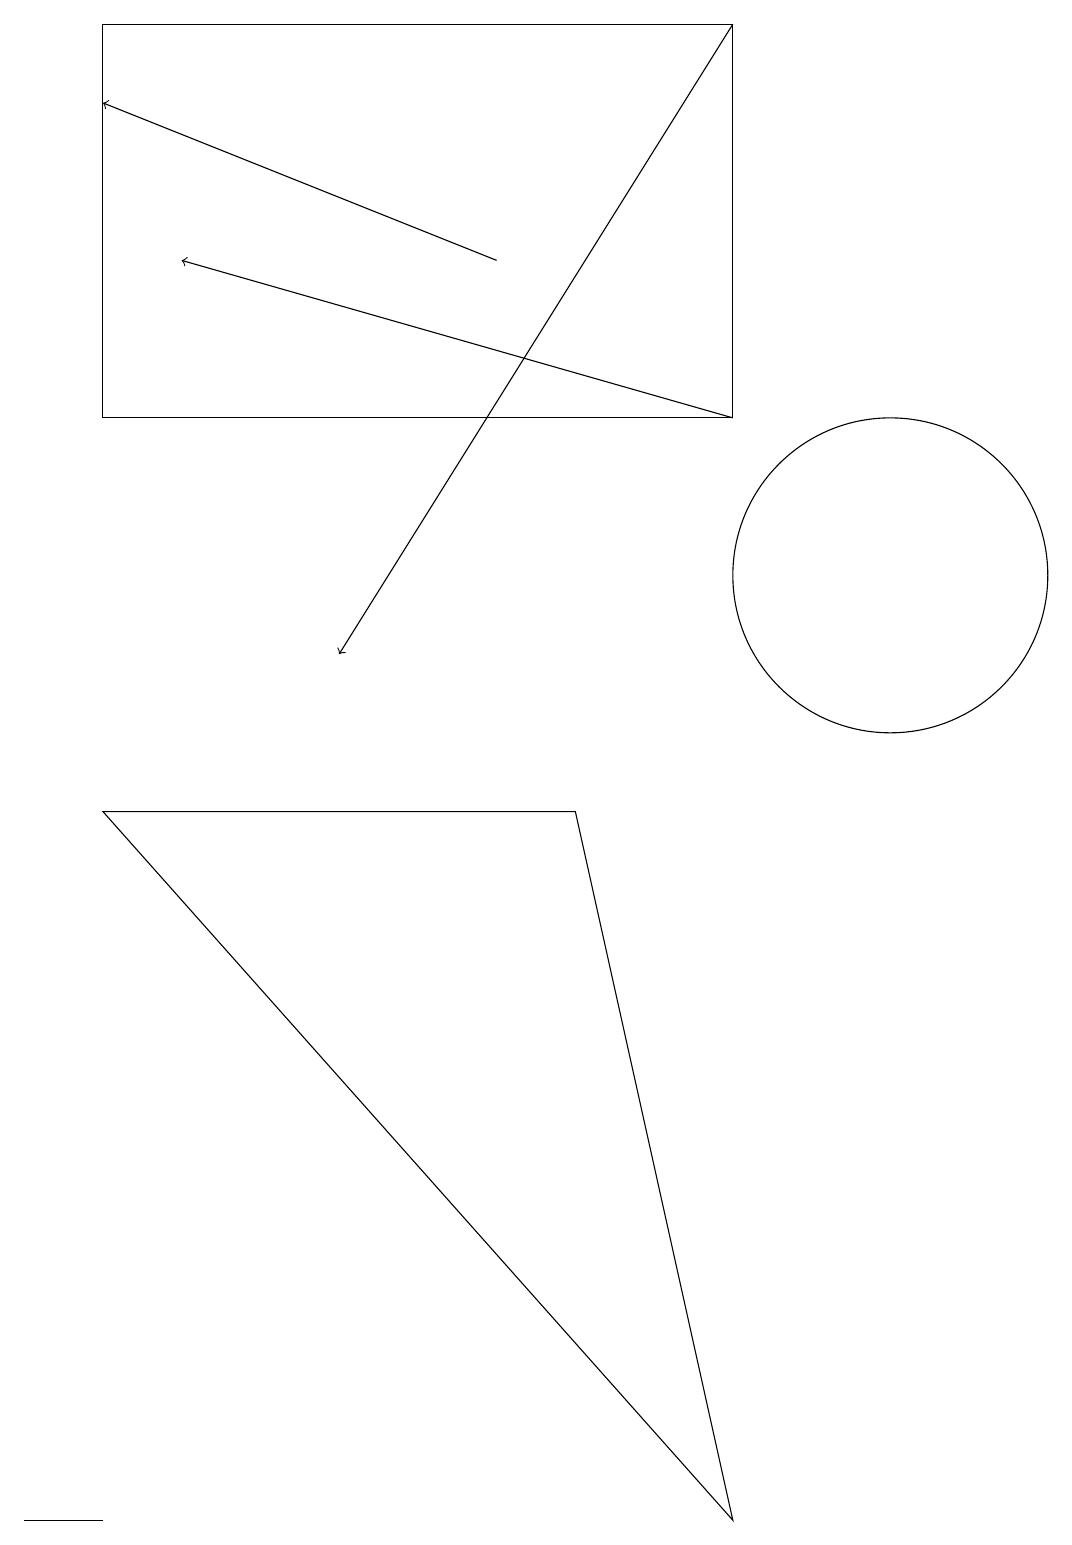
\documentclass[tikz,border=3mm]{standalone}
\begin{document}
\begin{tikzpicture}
\draw[->] (9,19) -- (4,11);
\draw (11,12) circle (2);
\draw (1,0) -- (1,0) -- (0,0) -- cycle;
\draw (9,19) rectangle (1,14);
\draw (1,9) -- (7,9) -- (9,0) -- cycle;
\draw[->] (9,14) -- (2,16);
\draw[->] (6,16) -- (1,18);
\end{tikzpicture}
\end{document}